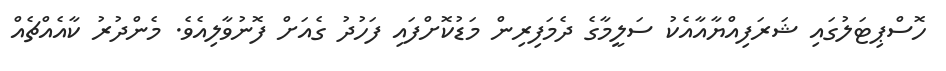
ހޮސްޕިޓަލުގައި ޝަރަފިއްޔާއާއެކު ސަލީމާގެ ދެމަފިރިން މަޑުކޮށްފައި ފަހުދު ގެއަށް ފޮނުވާލިއެވެ. މެންދުރު ކާއެއްޗެއް